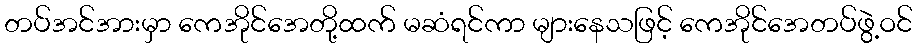
တပ်အင်အားမှာ ကေအိုင်အေတို့ထက် မဆံရင်ကာ များနေသဖြင့် ကေအိုင်အေတပ်ဖွဲ့ဝင်